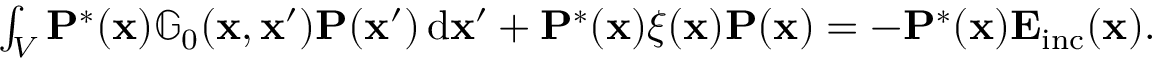
\begin{array} { r } { \int _ { V } \mathbf { P } ^ { * } ( \mathbf { x } ) \mathbb { G } _ { 0 } ( \mathbf { x } , \mathbf { x } ^ { \prime } ) \mathbf { P } ( \mathbf { x } ^ { \prime } ) \, \mathrm { d } \mathbf { x } ^ { \prime } + \mathbf { P } ^ { * } ( \mathbf { x } ) \xi ( \mathbf { x } ) \mathbf { P } ( \mathbf { x } ) = - \mathbf { P } ^ { * } ( \mathbf { x } ) \mathbf { E } _ { \mathrm { i n c } } ( \mathbf { x } ) . } \end{array}